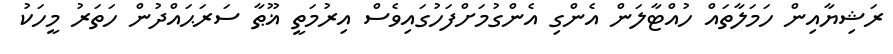
ރަޝިޔާއިން ހަމަލާތައް ހުއްޓާލަން އެންގި އެންގުމަށްފަހުގައިވެސް އިރުމަތީ ޣޫޠާ ސަރަޙައްދުން ހަތަރު މީހަކު